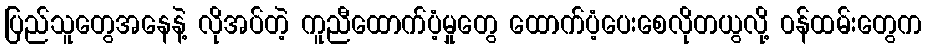
ပြည်သူတွေအနေနဲ့ လိုအပ်တဲ့ ကူညီထောက်ပံ့မှုတွေ ထောက်ပံ့ပေးစေလိုတယွလို့ ၀န်ထမ်းတွေက